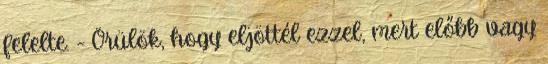
felelte. - Örülök, hogy eljöttél ezzel, mert előbb vagy